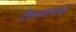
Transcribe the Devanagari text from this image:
तिरुअंनामलाई